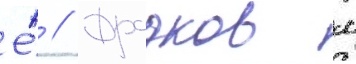
Е́ // Фрадков м